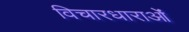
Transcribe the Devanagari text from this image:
विचारधाराओंं